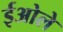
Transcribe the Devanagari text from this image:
ईओले